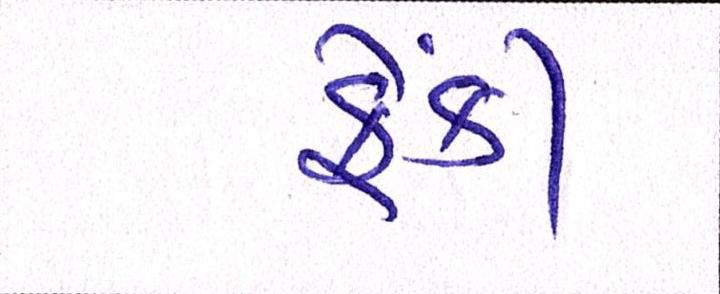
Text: ફેંકી